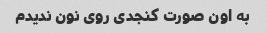
به اون صورت کنجدی روی نون ندیدم